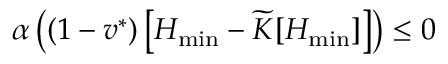
\alpha \left( ( 1 - v ^ { * } ) \left[ H _ { \operatorname* { m i n } } - \widetilde K [ H _ { \operatorname* { m i n } } ] \right] \right) \leq 0